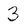
Character: 3